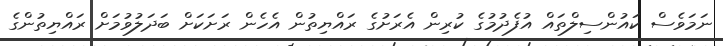
ނަމަވެސް ކައުންސިލްތައް އުފެދުމުގެ ކުރިން އެރަށުގެ ރައްޔިތުން އެހެން ރަށަކަށް ބަދަލުވުމަށް ރައްޔިތުންގެ